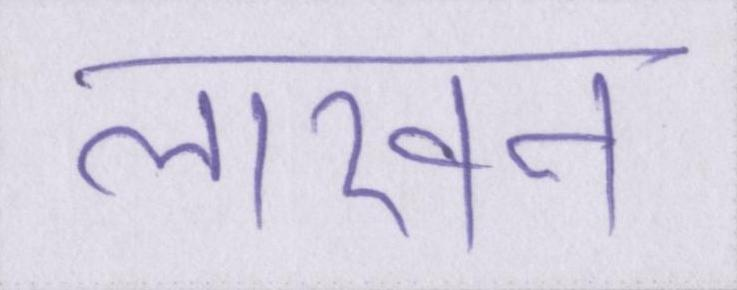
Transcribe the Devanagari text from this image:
लाखन